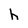
Character: h